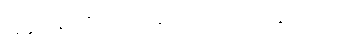
အနာဂါမ်ပုဂ္ဂိုလ် ၄၈-ယောက်ကို ရေတွက်ပြပုံ